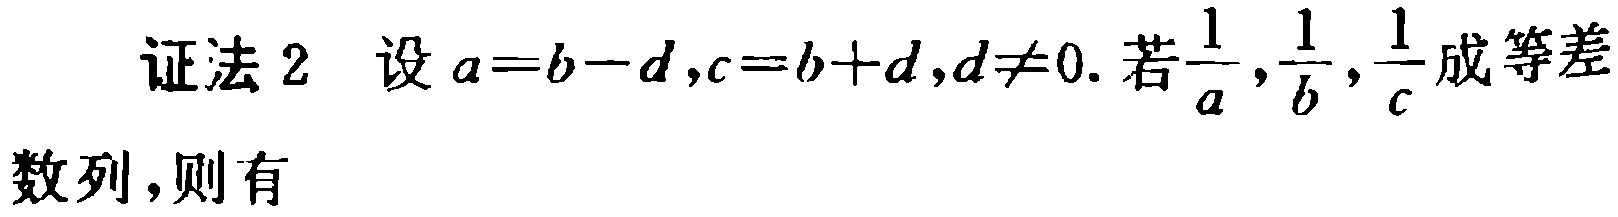
证法 2 设\(a = b - d,c = b + d,d\neq0\). 若\(\frac{1}{a},\frac{1}{b},\frac{1}{c}\)成等差数列，则有